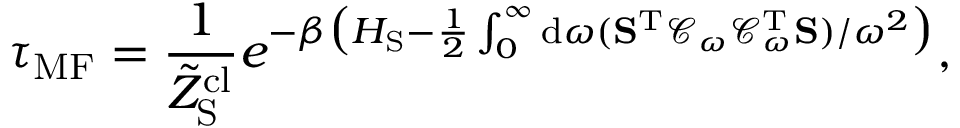
\tau _ { \mathrm { M F } } = \frac { 1 } { \tilde { Z } _ { \mathrm { S } } ^ { \mathrm { c l } } } e ^ { - \beta \big ( H _ { \mathrm { S } } - \frac { 1 } { 2 } \int _ { 0 } ^ { \infty } \mathrm { d } \omega ( \mathbf { S } ^ { \mathrm { T } } \mathcal { C } _ { \omega } \mathcal { C } _ { \omega } ^ { \mathrm { T } } \mathbf { S } ) / \omega ^ { 2 } \big ) } ,